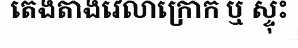
តេងតាងវេលាក្រោក ឬ ស្ទុះ